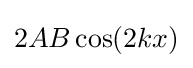
2AB\cos(2kx)